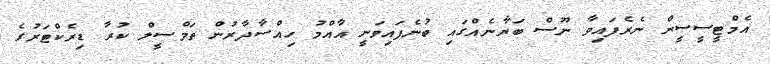
އެމްޓީސީސީން ނެރެފައިވާ ނޫސް ބަޔާނެއްގައި ބުނެފައިވަނީ އާއްމު ހިއްސާދާރުން ތަމްސީލް ކުރާ ޑިރެކްޓަރުގެ